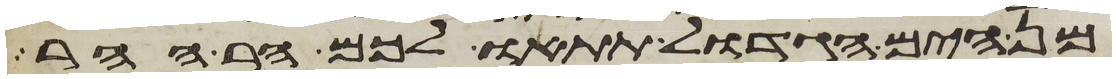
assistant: מן הים הגדול תתאו לכם הר ההר